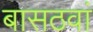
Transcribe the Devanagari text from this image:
बासठवां